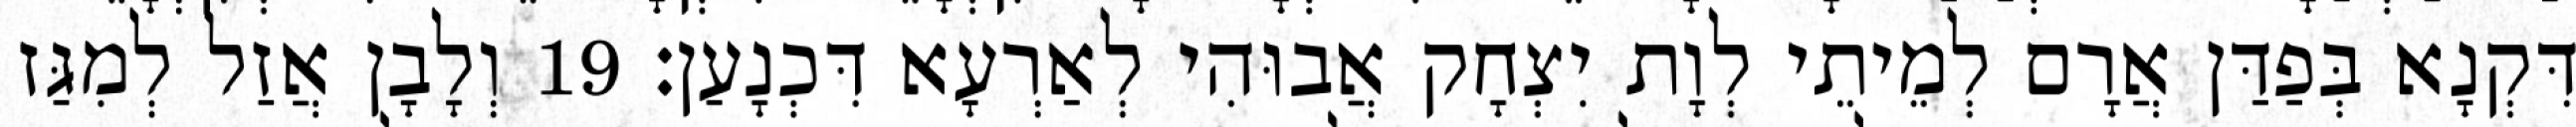
דִּקְנָא בְּפַדַּן אֲרָם לְמֵיתֵי לְוָת יִצְחָק אֲבוּהִי לְאַרְעָא דִּכְנָעַן׃ 19 וְלָבָן אֲזַל לְמִגַּז